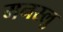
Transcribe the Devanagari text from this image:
मनस्लु